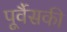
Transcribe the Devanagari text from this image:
पूर्वैसकी